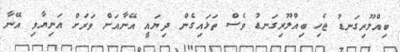
ބިއްލޫރިގަނޑު ޖެހި ބިއްލޫރިގަނޑު ވެސް ތަޅައިގެން ދިޔައީ އޭނާއަށް ވަރަށް އަނިޔާވި އޭނާ